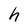
Character: h